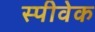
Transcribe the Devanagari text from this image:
स्पीवेक